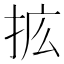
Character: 𰓥